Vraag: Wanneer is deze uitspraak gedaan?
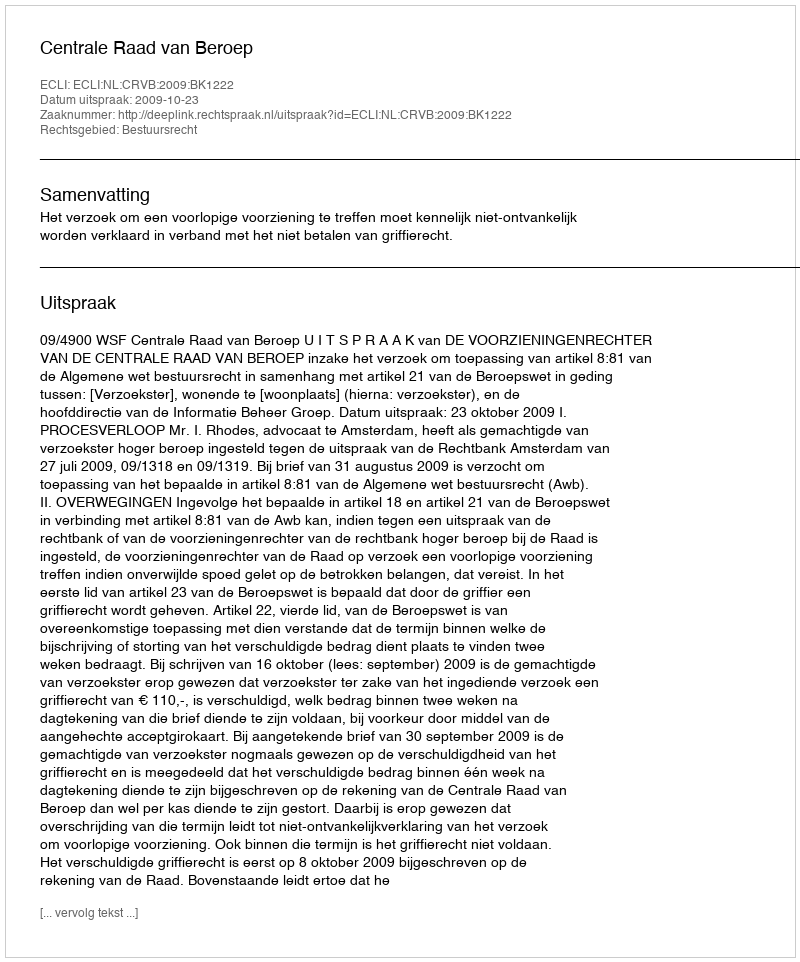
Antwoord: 2009-10-23